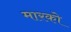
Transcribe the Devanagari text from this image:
मारको